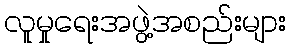
လူမှုရေးအဖွဲ့အစည်းများ